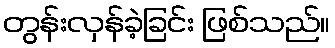
တွန်းလှန်ခဲ့ခြင်း ဖြစ်သည်။